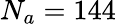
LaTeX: N_{a}=144